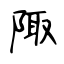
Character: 陬